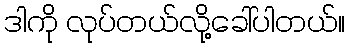
ဒါကို လုပ်တယ်လို့ခေါ်ပါတယ်။